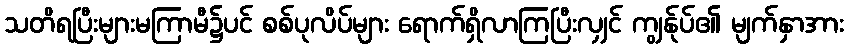
သတိရပြီးများမကြာမီ၌ပင် စစ်ပုလိပ်များ ရောက်ရှိလာကြပြီးလျှင် ကျွန်ုပ်၏ မျက်နှာအား